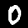
Digit: 0